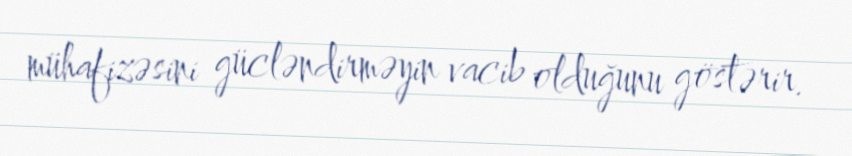
mühafizəsini gücləndirməyin vacib olduğunu göstərir.